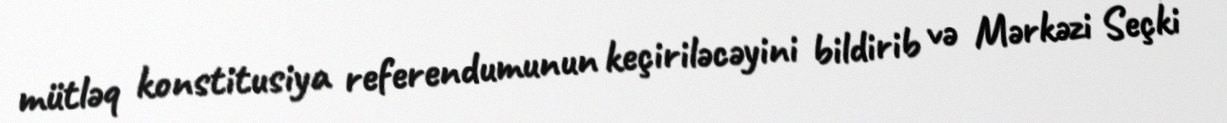
mütləq konstitusiya referendumunun keçiriləcəyini bildirib və Mərkəzi Seçki